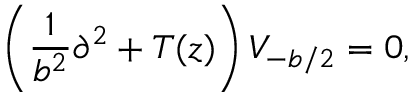
\left( \frac { 1 } { b ^ { 2 } } \partial ^ { 2 } + T ( z ) \right) V _ { - b / 2 } = 0 , \nonumber